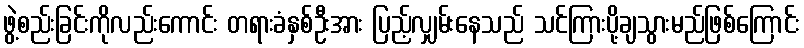
ဖွဲ့စည်းခြင်းကိုလည်းကောင်း တရားခံနှစ်ဦးအား ပြည့်လျှမ်းနေသည် သင်ကြားပို့ချသွားမည်ဖြစ်ကြောင်း